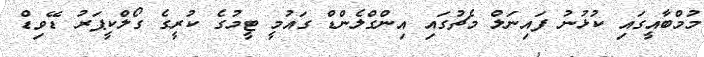
މުމްބާއީގައި ކުޅުނު ފައިނަލް މެޗުގައި އިންގްލެންޑް ގައުމީ ޓީމުގެ ކުރީގެ ގޯލްކީޕަރު ޑޭވިޑް